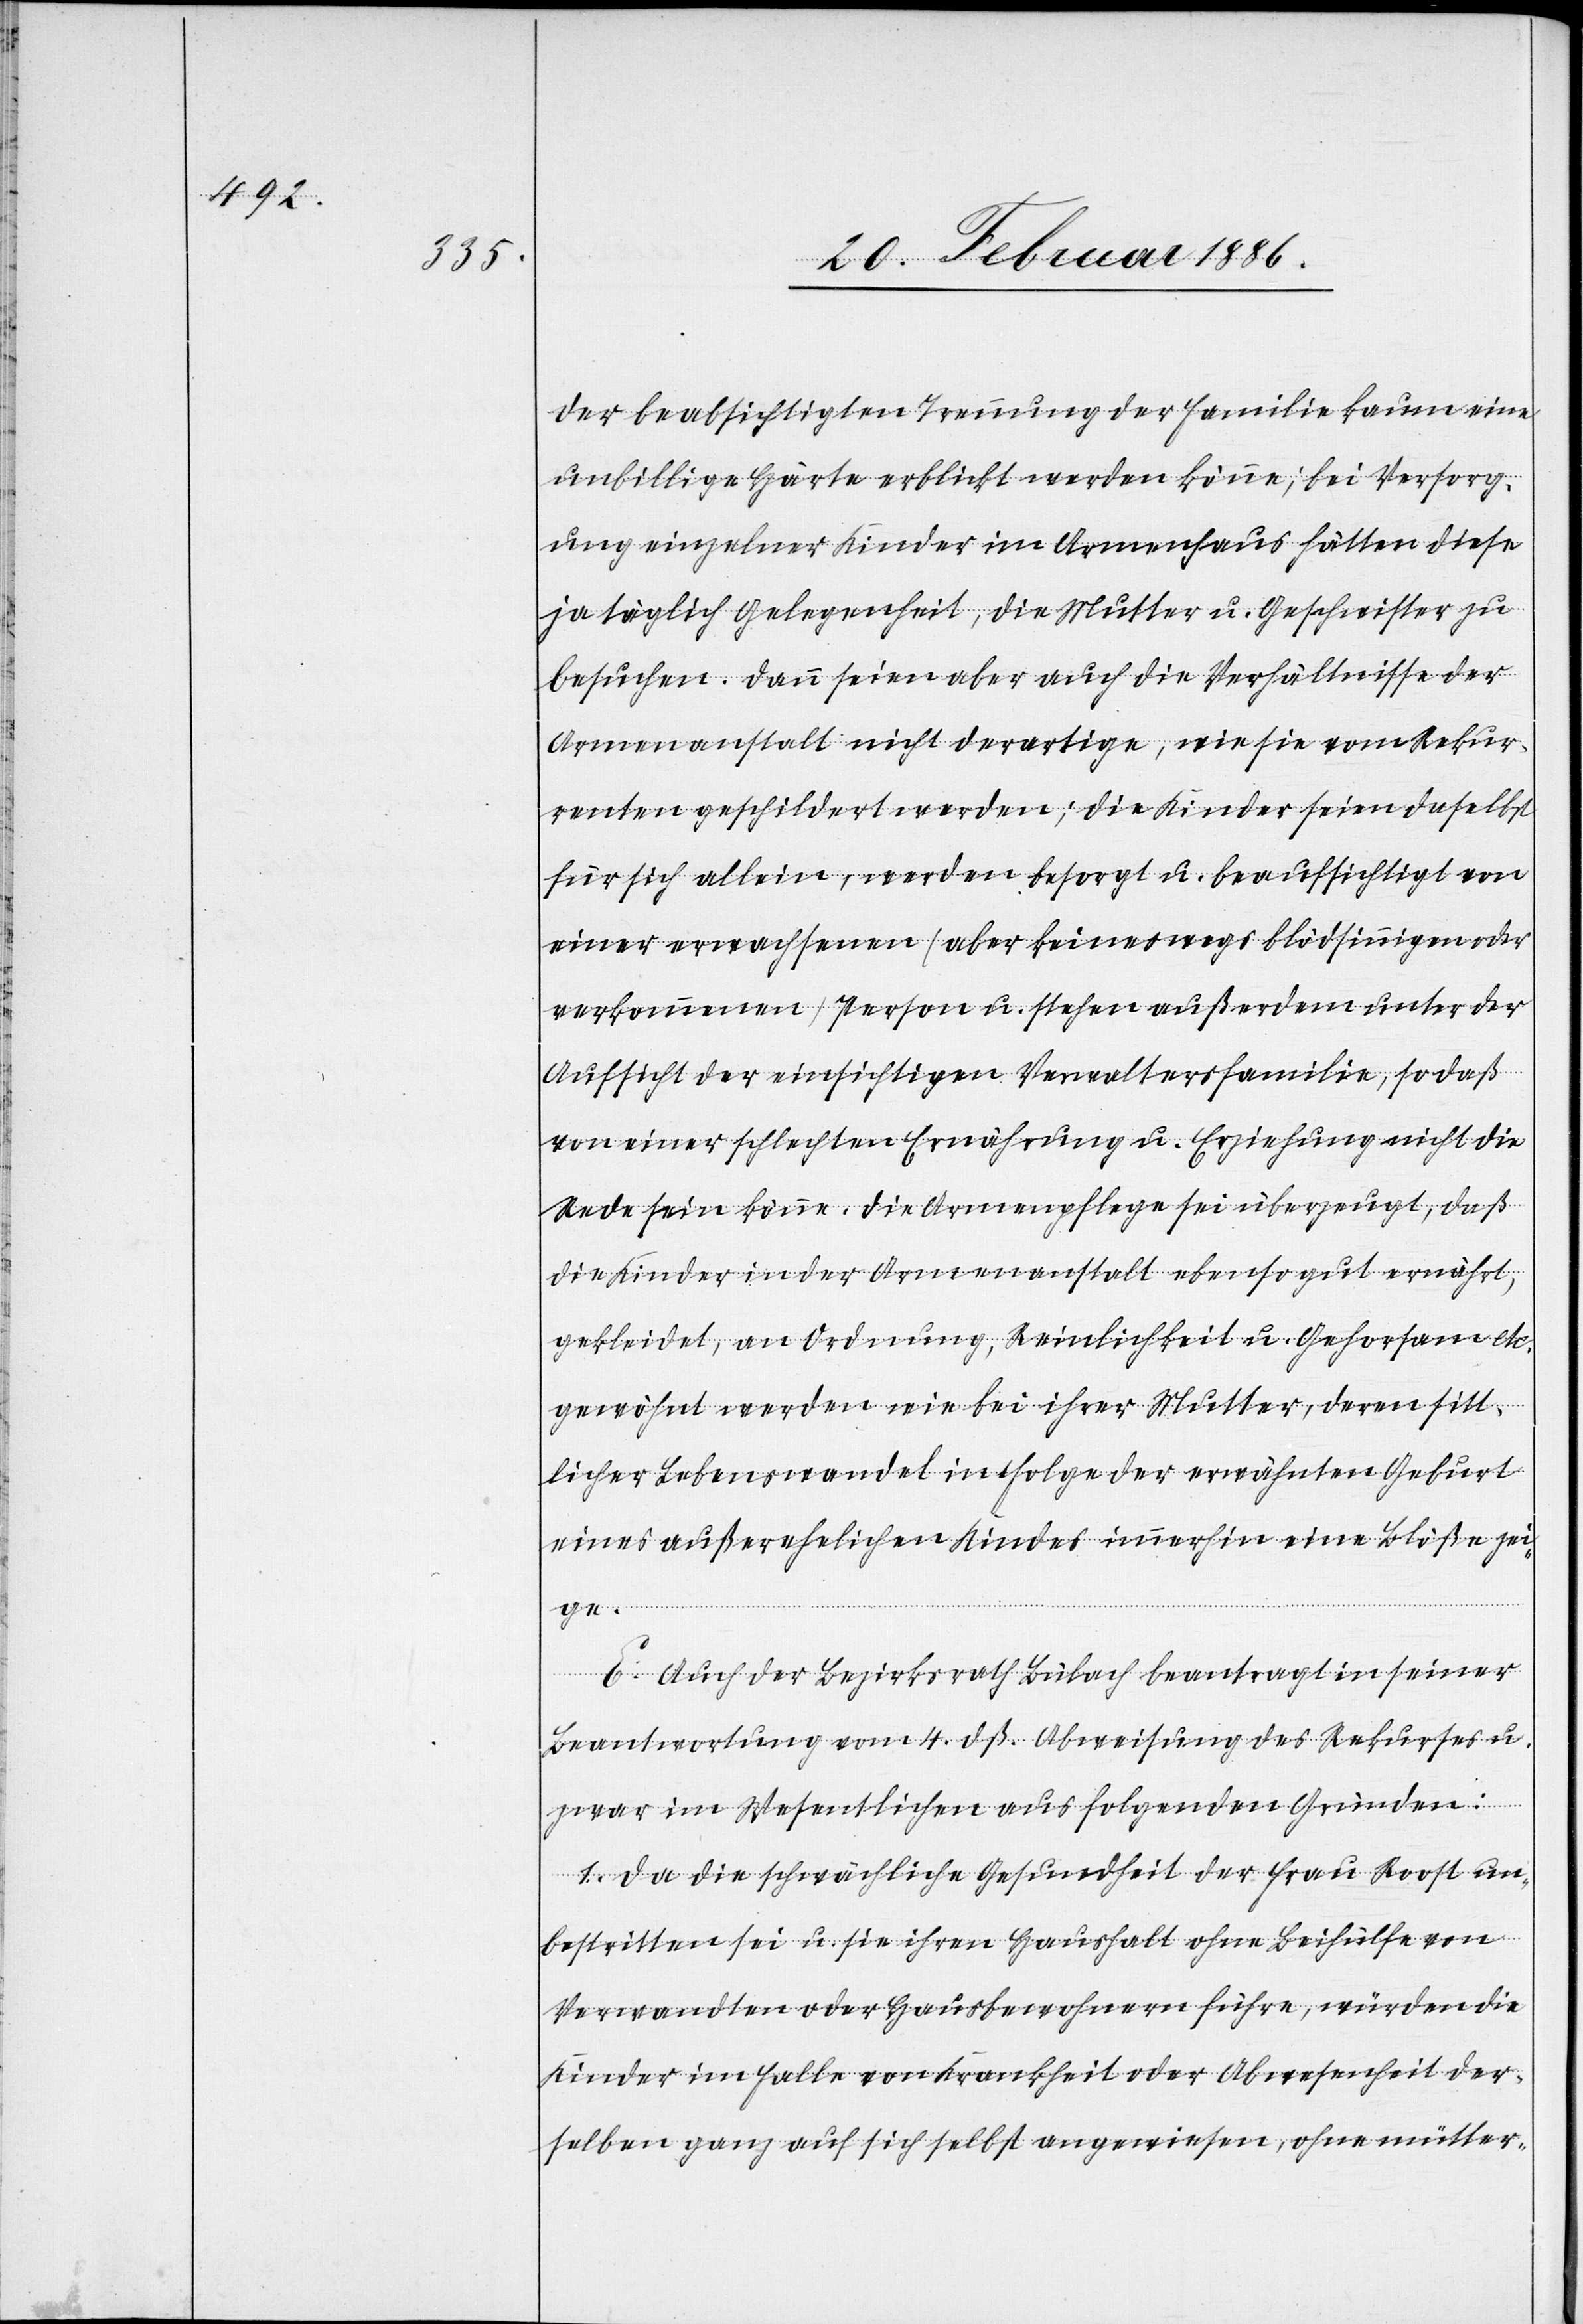
der beabsichtigten Trennung der Familie kaum eine
unbillige Härte erblickt werden könne; bei Versorg¬
ung einzelner Kinder im Armenhaus hätten diese
ja täglich Gelegenheit, die Mutter u. Geschwister zu
besuchen. Dann seien aber auch die Verhältnisse der
Armenanstalt nicht derartige, wie sie vom Rekur¬
renten geschildert werden; die Kinder seien daselbst
für sich allein, werden besorgt u. beaufsichtigt von
einer erwachsenen (aber keineswegs blödsinnigen oder
verkommenen) Person u. stehen außerdem unter der
Aufsicht der einsichtigen Verwaltersfamilie, sodaß
von einer schlechten Ernährung u. Erziehung nicht die
Rede sein könne. Die Armenpflege sei überzeugt, daß
die Kinder in der Armenanstalt ebenso gut ernährt,
gekleidet, an Ordnung, Reinlichkeit u. Gehorsam etc.
gewöhnt werden wie bei ihrer Mutter, deren sitt¬
licher Lebenswandel in Folge der erwähnten Geburt
eines außerehelichen Kindes immerhin eine Blöße zei¬
ge.
E. Auch der Bezirksrath Bülach beantragt in seiner
Beantwortung vom 4. dß. Abweisung des Rekurses u.
zwar im Wesentlichen aus folgenden Gründen:
1. Da die schwächliche Gesundheit der Frau Roost un¬
bestritten sei u. sie ihren Haushalt ohne Beihülfe von
Verwandten oder Hausbewohnern führe, würden die
Kinder im Falle von Krankheit oder Abwesenheit der¬
selben ganz auf sich selbst angewiesen, ohne mütter-